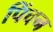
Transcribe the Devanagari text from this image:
पिंचन